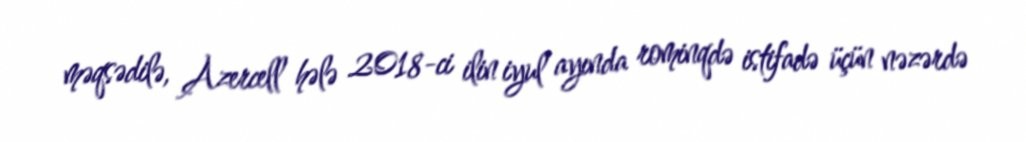
məqsədilə, Azercell hələ 2018-ci ilin iyul ayında rominqdə istifadə üçün nəzərdə